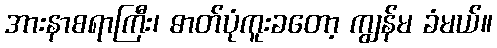
အားနာစရာကြီး၊ ဓာတ်ပုံကူးခတော့ ကျွန်မ ခံမယ်။